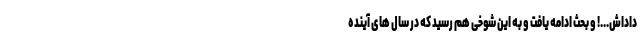
داداش...! و بحث ادامه یافت و به این شوخی هم رسید که در سال های آینده